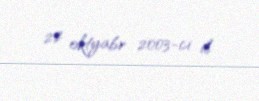
22 oktyabr 2003-ci il